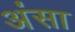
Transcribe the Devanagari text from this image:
अंसा